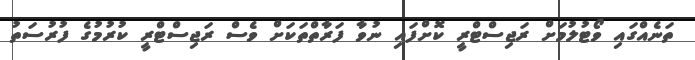
ތަނެއްގައި ވޯޓުލުމަށް ރަޖިސްޓްރީ ކޮށްފައި ނުވާ ފަރާތްތަކަށް ވެސް ރަޖިސްޓްރީ ކުރުމުގެ ފުރުސަތު